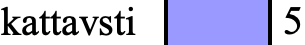
kattavsti 5